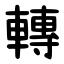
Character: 轉